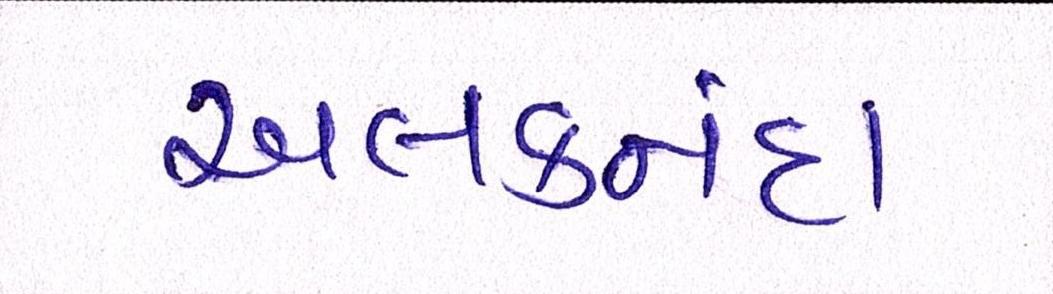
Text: અલકનંદા